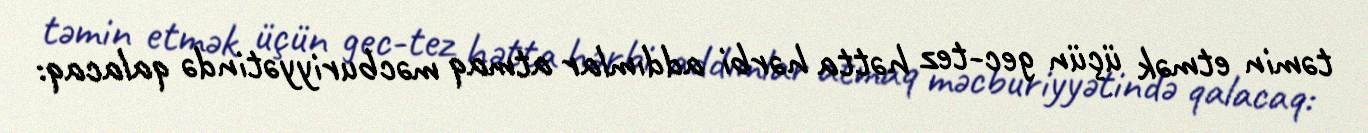
təmin etmək üçün gec-tez hətta hərbi addımlar atmaq məcburiyyətində qalacaq: